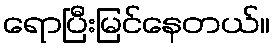
ရောပြီးမြင်နေတယ်။